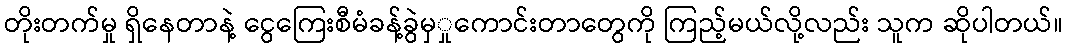
တိုးတက်မှု ရှိနေတာနဲ့ ငွေကြေးစီမံခန့်ခွဲမှှုကောင်းတာတွေကို ကြည့်မယ်လို့လည်း သူက ဆိုပါတယ်။